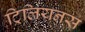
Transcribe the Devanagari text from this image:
ट्रिलियनस